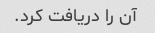
آن را دریافت کرد.